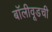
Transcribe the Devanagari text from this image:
बॉलीवूडची